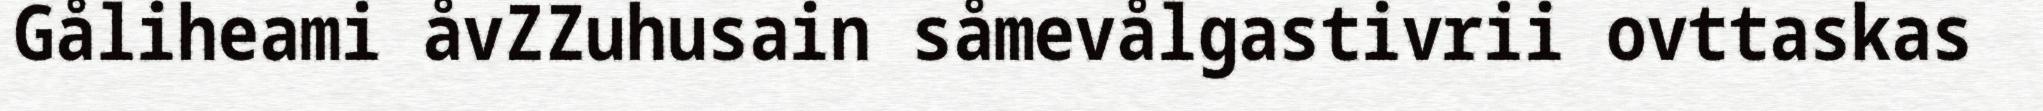
Gåliheami åvZZuhusain såmevålgastivrii ovttaskas